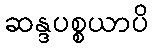
ဆန္ဒပစ္စယာပိ